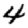
Digit: 4